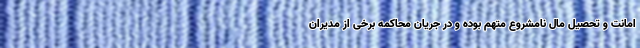
امانت و تحصیل مال نامشروع متهم بوده و در جریان محاکمه برخی از مدیران